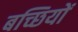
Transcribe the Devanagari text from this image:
बच्छियों